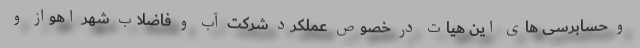
و حسابرسی های این هیات در خصوص عملکرد شرکت آب و فاضلاب شهر اهواز و